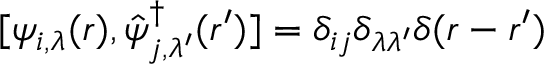
[ \psi _ { i , \lambda } ( \boldsymbol { r } ) , \hat { \psi } _ { j , \lambda ^ { \prime } } ^ { \dagger } ( \boldsymbol { r } ^ { \prime } ) ] = \delta _ { i j } \delta _ { \lambda \lambda ^ { \prime } } \delta ( \boldsymbol { r } - \boldsymbol { r } ^ { \prime } )